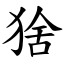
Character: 猞